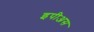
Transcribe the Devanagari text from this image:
इपीअस